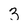
Character: 3